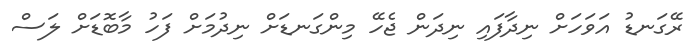
ރޭގަނޑު އަވަހަށް ނިދާފައި ނިދަން ޖެހޭ މިންގަނޑަށް ނިދުމަށް ފަހު މާބޮޑަށް ލަސް